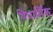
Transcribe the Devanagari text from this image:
विधार्मिक